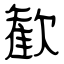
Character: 歓